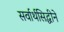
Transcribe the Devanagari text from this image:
सर्वार्थसिद्धीने